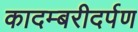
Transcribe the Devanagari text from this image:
कादम्बरीदर्पण